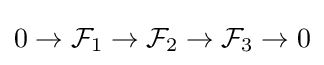
0\to {\mathcal {F}}_{1}\to {\mathcal {F}}_{2}\to {\mathcal {F}}_{3}\to 0